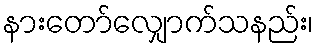
နားတော်လျှောက်သနည်း၊